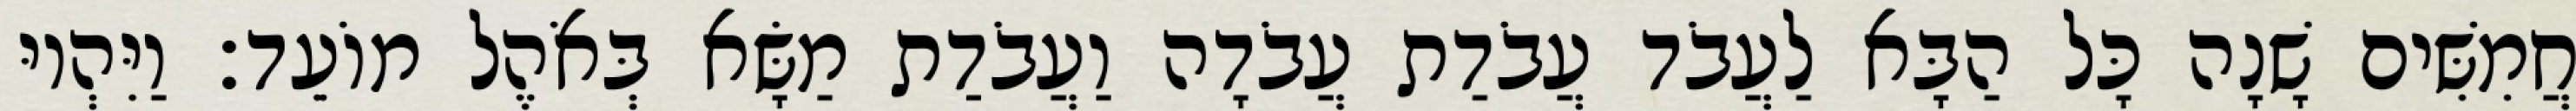
חֲמִשִּׁים שָׁנָה כָּל הַבָּא לַעֲבֹד עֲבֹדַת עֲבֹדָה וַעֲבֹדַת מַשָּׂא בְּאֹהֶל מוֹעֵד׃ וַיִּהְיוּ